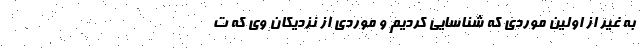
به غیر از اولین موردی که شناسایی کردیم و موردی از نزدیکان وی که ت